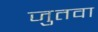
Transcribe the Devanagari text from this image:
जुतवा